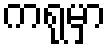
ကရုမှာ